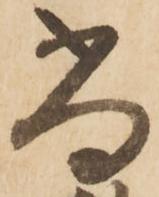
尚